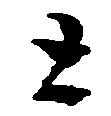
と